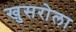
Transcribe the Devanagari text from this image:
खुसरोला